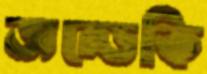
জন্ডেকি